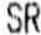
SR